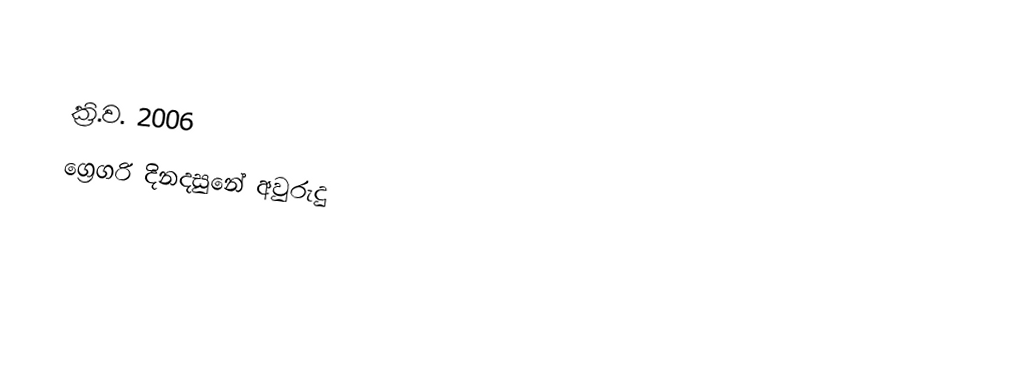

ක්‍රි.ව. 2006
ග්‍රෙගරි දිනදසුනේ අවුරුදු